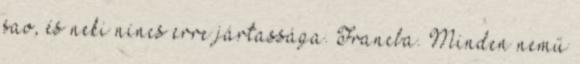
sao, és neki nincs erre jártassága. Francba. Minden nemű